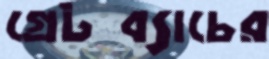
গ্রেটব্যাচের